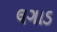
લગાડ